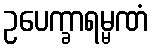
ဥပေက္ခာရမ္မဏံ